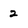
Character: 2